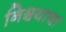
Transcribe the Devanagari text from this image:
निश्र्चयाचा